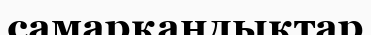
самарқандықтар